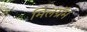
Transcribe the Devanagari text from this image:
मिलग्रॅम